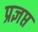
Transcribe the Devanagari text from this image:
प्रज्ञप्त